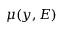
\mu ( \boldsymbol { y } , E )